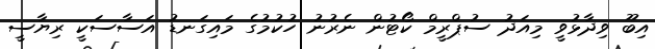
އިބޫ ވިދާޅުވީ މިއަދު ސުޕްރީމް ކޯޓުން ނެރުނު ހުކުމުގެ މައިގަނޑު އަސާސަކީ ރިޔާސީ